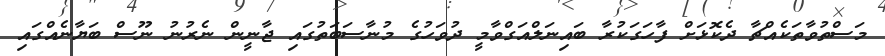
މަސްތުވާތަކެއްޗާ ދެކޮޅަށް ފާހަގަކުރާ ބައިނަލްއަގްވާމީ ދުވަހުގެ މުނާސަބަތުގައި ޖާނީން ނެރުނު ނޫސް ބަޔާނެއްގައި